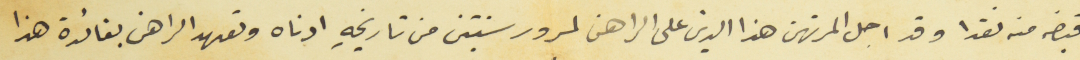
قبضه منه نقدا وقد اجل المرتهن هذا الدين على الراهن لمرور سنتين من تاريخهِ ادناه وتعهد الراهن بفائدة هذا